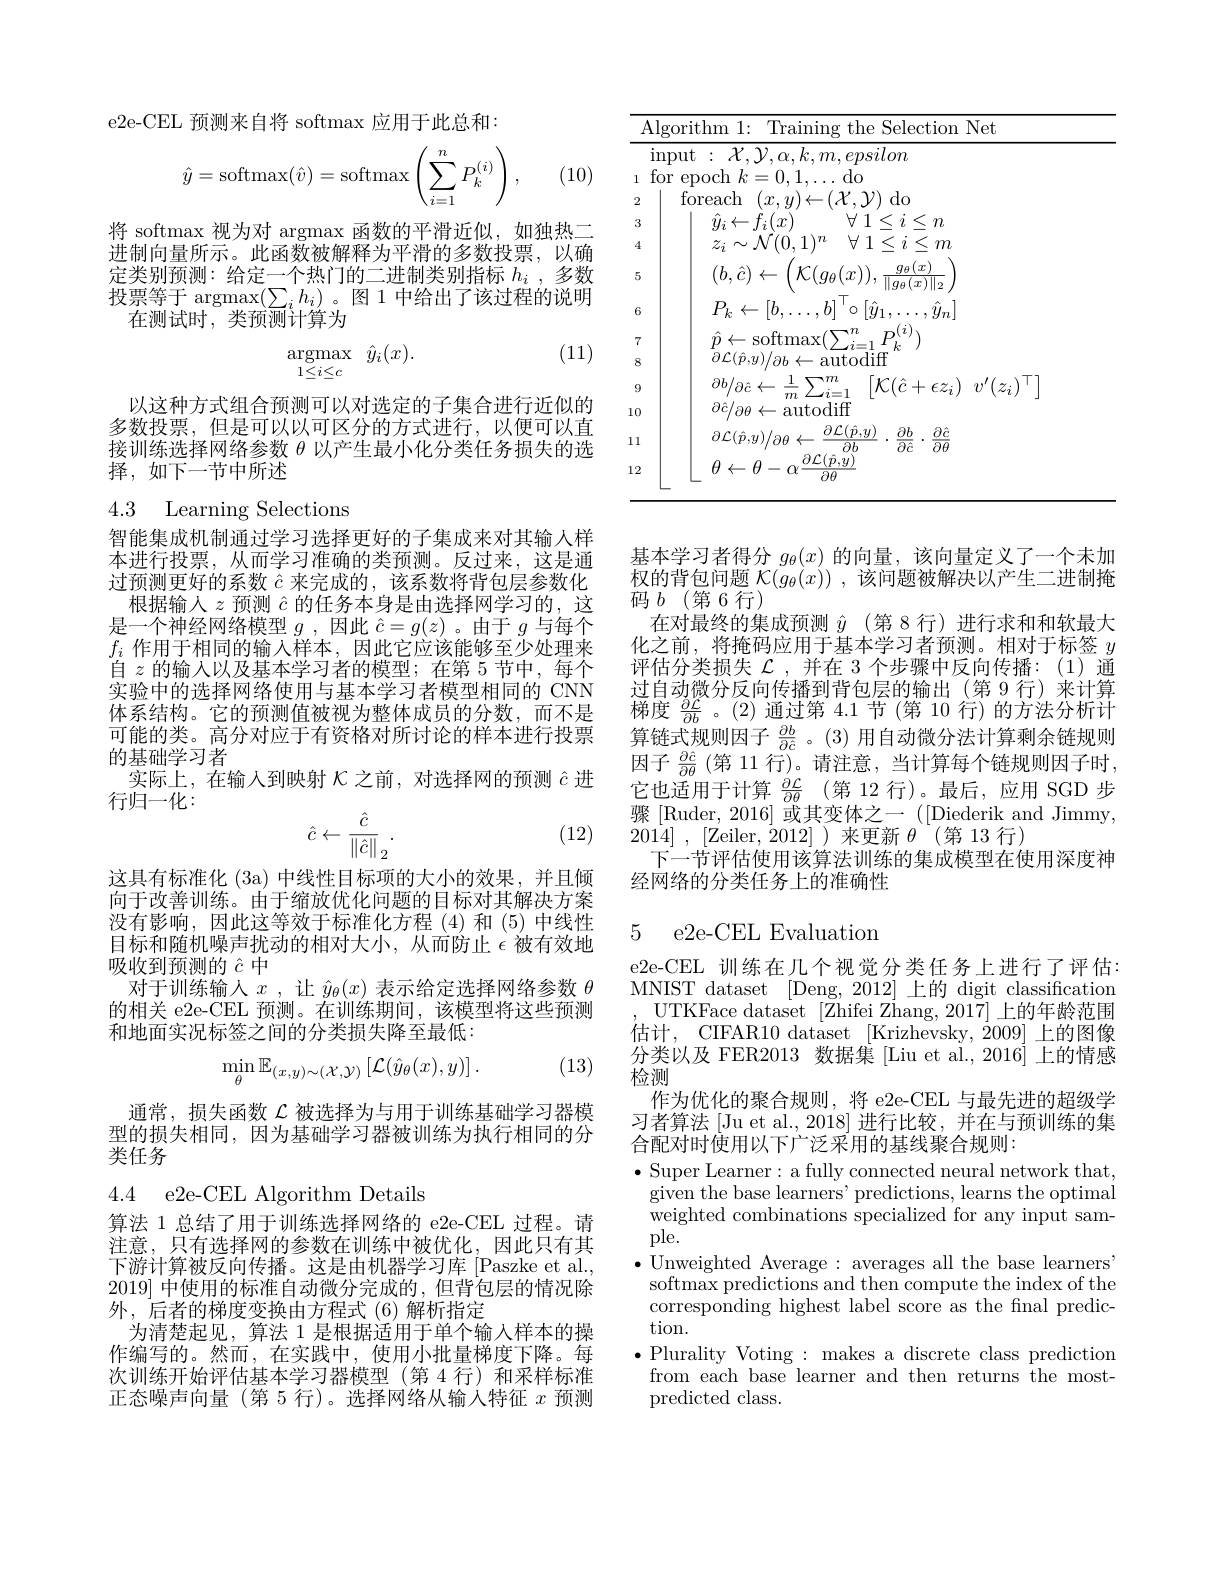
e2e-CEL 预测来自将 softmax 应用于此总和：
$$\hat y=\operatorname{softmax}(\hat v)=\operatorname{softmax}\left(\sum_{i=1}^nP_k^{(i)}\right),$$
(10)

将 softmax 视为对 argmax 函数的平滑近似，如独热二进制向量所示。此函数被解释为平滑的多数投票，以确定类别预测：给定一个热门的二进制类别指标$h_i$ , 多数投票等于 argmax$(\sum_ih_i)$。图 1 中给出了该过程的说明
在测试时，类预测计算为

(11)
$$\begin{matrix}\mathrm{argmax}&\hat{y}_i(x).\\1\leq i\leq c\end{matrix}$$
以这种方式组合预测可以对选定的子集合进行近似的多数投票，但是可以以可区分的方式进行，以便可以直接训练选择网络参数$\theta$以产生最小化分类任务损失的选择，如下一节中所述

# 4.3 Learning Selections

智能集成机制通过学习选择更好的子集成来对其输人样本进行投票，从而学习准确的类预测。反过来，这是通过预测更好的系数$\hat{c}$来完成的，该系数将背包层参数化
根据输人$z$预测$\hat{c}$的任务本身是由选择网学习的，这是一个神经网络模型$g$ ,因此$\hat{c}=g(z)$ 。由于$g$与每个$f_i$作用于相同的输入样本，因此它应该能够至少处理来自$z$的输入以及基本学习者的模型；在第 5 节中，每个实验中的选择网络使用与基本学习者模型相同的 CNN 体系结构。它的预测值被视为整体成员的分数，而不是可能的类。高分对应于有资格对所讨论的样本进行投票的基础学习者
实际上，在输入到映射$\mathcal{K}$之前，对选择网的预测$\hat{c}$进
行归一化：
$$\hat{c}\leftarrow\frac{\hat{c}}{\left\|\hat{c}\right\|_{2}}.$$
(12)

这具有标准化 (3a) 中线性目标项的大小的效果，并且倾向于改善训练。由于缩放优化问题的目标对其解决方案没有影响，因此这等效于标准化方程(4)和(5)中线性目标和随机噪声扰动的相对大小，从而防止$\epsilon$被有效地吸收到预测的$\hat{c}$中
对于训练输入$x$ ,让$\hat{y}_\theta(x)$表示给定选择网络参数$\theta$ 的相关 e2e-CEL 预测。在训练期间，该模型将这些预测和地面实况标签之间的分类损失降至最低：

(13)
$$\min_{\theta}\mathbb{E}_{(x,y)\sim(\mathcal{X},\mathcal{Y})}\left[\mathcal{L}(\hat{y}_{\theta}(x),y)\right].$$
通常，损失函数$\mathcal{L}$被选择为与用于训练基础学习器模型的损失相同，因为基础学习器被训练为执行相同的分类任务

4.4 e2e-CEL Algorithm Details

算法 1 总结了用于训练选择网络的 e2e-CEL 过程。请注意，只有选择网的参数在训练中被优化，因此只有其下游计算被反向传播。这是由机器学习库[Paszke et al., 2019]中使用的标准自动微分完成的，但背包层的情况除外，后者的梯度变换由方程式(6)解析指定
为清楚起见，算法 1 是根据适用于单个输入样本的操作编写的。然而，在实践中，使用小批量梯度下降。每次训练开始评估基本学习器模型(第 4 行)和采样标准正态噪声向量(第 5 行)。选择网络从输入特征$x$预测

<table>
	<tbody>
		<tr>
			<th>$\overline{\mathrm{Al}}_{\mathrm{Al}}$ 1 1</th>
			<th>Training the Selection Net m 1:</th>
			<th>Vet</th>
		</tr>
	</tbody>
</table>

权的背包问题$\mathcal{K} ( g_\theta ( x) )$ ,该问题被解决以产生二进制掩
码$b\allowbreak ( {\mathrm{mod}} $第 6行 )
在对最终的集成预测 $\hat{y}$ (第 8 行)进行求和和软最大

基本学习者得分$g_\theta(x)$的向量，该向量定义了一个未加化之前，将掩码应用于基本学习者预测。相对于标签$y$ 评估分类损失$\mathcal{L}$ ,并在 3 个步骤中反向传播：(1)通过自动微分反向传播到背包层的输出(第 9 行)来计算梯度$\frac{\partial\mathcal{L}}{\partial b}$。(2)通过第 4.1 节(第 10 行)的方法分析计算链式规则因子$\frac{\partial b}{\partial\hat{c}}$ 。(3)用自动微分法计算剩余链规则因子$\frac{\partial\hat{c}}{\partial\theta}\left(\text{第 11 行)。请注意，当计算每个链规则因子时},\right)$ 它也适用于计算 $\frac {\partial \mathcal{L} }{\partial \theta }$ (第 12 行)。最后，应用 SGD 步骤[Ruder,2016]或其变体之一([DiederikandJimmy, 2014] , [Zeiler,$\dot{2} 012]$ )来更新$\theta$(第13 行)
下一节评估使用该算法训练的集成模型在使用深度神
经网络的分类任务上的准确性

### 5 e2e-CEL Evaluation

e2e-CEL 训练在几个视觉分类任务上进行了评估： MNIST dataset [Deng, 2012] 上的 digit classification
UTKFace dataset [Zhifei Zhang, 2017] 上的年龄范围估计，CIFAR10 dataset [Krizhevsky,$\dot2009]$上的图像分类以及 FER2013 数据集 [Liu et al., 2016] 上的情感检测
作为优化的聚合规则，将 e2e-CEL 与最先进的超级学习者算法 [Ju et al., 2018] 进行比较，并在与预训练的集合配对时使用以下广泛采用的基线聚合规则：
$\bullet$ Super Learner: a fully connected neural network that given the base learners' predictions, learns the optimal weighted combinations specialized for any input sample.
$\bullet$Unweighted Average: averages all the base learners" softmax predictions and then compute the index of the corresponding highest label score as the final prediction.
$\bullet$ Plurality Voting : makes a discrete class prediction from each base learner and then returns the mostpredicted class.